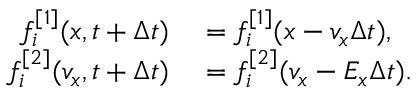
\begin{array} { r l } { f _ { i } ^ { [ 1 ] } ( x , t + \Delta t ) } & { { } = f _ { i } ^ { [ 1 ] } ( x - v _ { x } \Delta t ) , } \\ { f _ { i } ^ { [ 2 ] } ( v _ { x } , t + \Delta t ) } & { { } = f _ { i } ^ { [ 2 ] } ( v _ { x } - E _ { x } \Delta t ) . } \end{array}